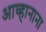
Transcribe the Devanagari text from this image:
आव्हानाना